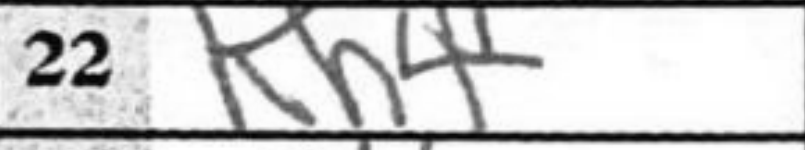
Transcription: Kh4